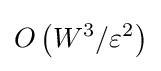
O\left(W^{3}/\varepsilon ^{2}\right)